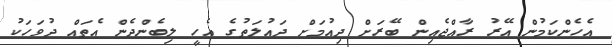
އެހެންކަމުން އޭރު ރާއްޖެއިން ބޭރަށް ދިއުމަށް ދައުލަތުގެ އެހީ ލިބެންދެން އެތައް ދުވަހަކު